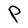
Character: P